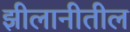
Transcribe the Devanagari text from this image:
झीलानीतील